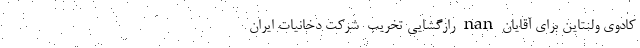
کادوی ولنتاین برای آقایان nan رازگشایی تخریب ِ شرکت دخانیات ایران